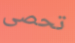
تحصى